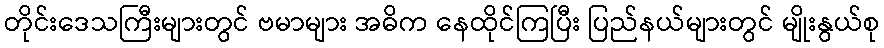
တိုင်းဒေသကြီးများတွင် ဗမာများ အဓိက နေထိုင်ကြပြီး ပြည်နယ်များတွင် မျိုးနွယ်စု